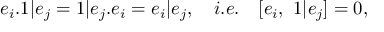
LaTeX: e _ { i } . 1 | e _ { j } = 1 | e _ { j } . e _ { i } = e _ { i } | e _ { j } , \quad i . e . \quad [ e _ { i } , ~ 1 | e _ { j } ] = 0 ,